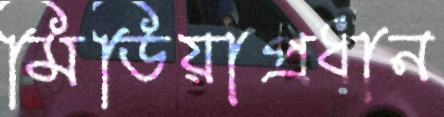
মিডিয়াপ্রধান